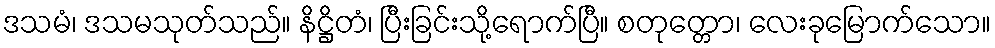
ဒသမံ၊ ဒသမသုတ်သည်။ နိဋ္ဌိတံ၊ ပြီးခြင်းသို့ရောက်ပြီ။ စတုတ္တော၊ လေးခုမြောက်သော။